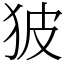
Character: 狓